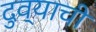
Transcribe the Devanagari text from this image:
दुव्याची